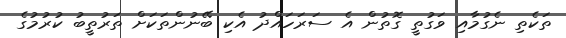
ތަކެތި ނެގުމާއި ވަގުތީ ގޮތުން އެ ސަރަހައްދު އެކި ބޭނުންތަކަށް ތަރުތީބު ކުުރުމުގެ